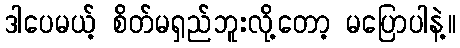
ဒါပေမယ့် စိတ်မရှည်ဘူးလို့တော့ မပြောပါနဲ့။